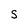
Character: s